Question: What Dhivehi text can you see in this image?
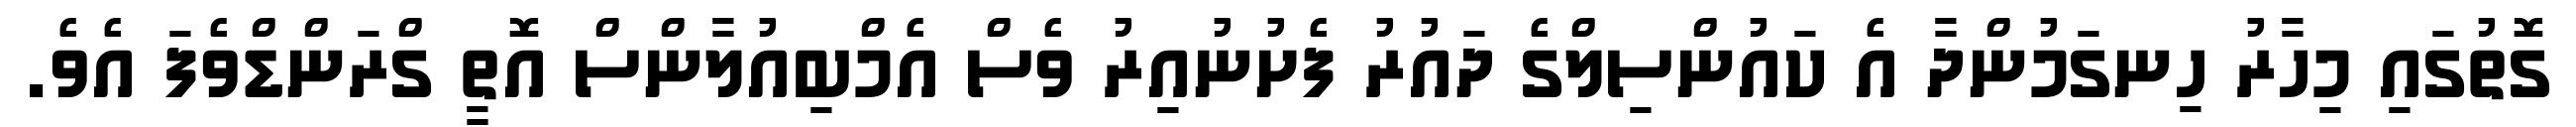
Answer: ގޮތުގައި މިހާރު ހިނގަމުންދާ އެ ކައުންސިލްގެ ދައުރު ފެށުނުއިރު ވެސް އެމްބިއުލާންސް އޮތީ ގްރަންޑްވެފަ އެވެ.